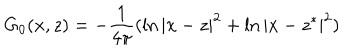
LaTeX: G _ { 0 } ( x , z ) = - \frac 1 { 4 \pi } ( \ln | x - z | ^ { 2 } + \ln | x - z ^ { * } | ^ { 2 } )